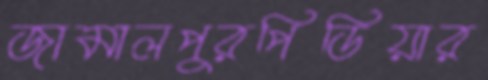
জামালপুরপিডিয়ার